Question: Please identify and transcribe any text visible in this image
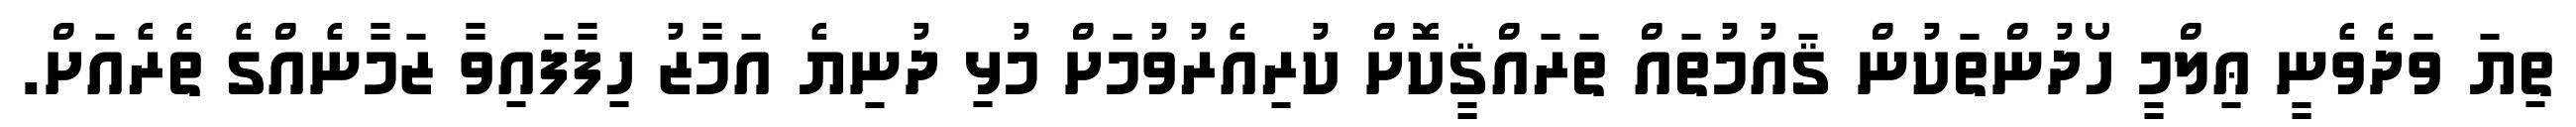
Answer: ތިޔަ ވަދެވެނީ ޢިލްމީ ހޯދުންތަކުން ޤައުމުތައް ތަރައްޤީކޮށް ކުރިއެރުވުމަށް މުޅި ދުނިޔެ އަމާޒު ހިފާފައިވާ ޒަމާނެއްގެ ތެރެއަށް.